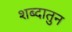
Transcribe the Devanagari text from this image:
शब्दातुन